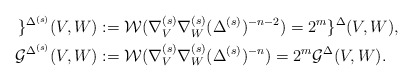
\begin{align*}\begin{aligned}\mathcal{g}^{\Delta ^{(s)}}(V,W)&:= \mathcal{W}( \nabla ^{(s)}_{V}\nabla ^{(s)}_{W} (\Delta ^{(s)})^{-n-2}) = 2^{m} \mathcal{g}^{\Delta}(V,W),\\\mathcal{G}^{\Delta ^{(s)}}(V,W)&:= \mathcal{W}( \nabla ^{(s)}_{V}\nabla ^{(s)}_{W} (\Delta ^{(s)})^{-n}) = 2^{m} \mathcal{G}^{\Delta}(V,W).\end{aligned}\end{align*}